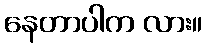
နေတာပါက လား။